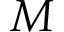
{ \cal M }